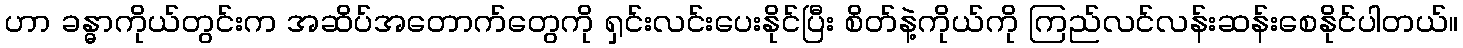
ဟာ ခန္ဓာကိုယ်တွင်းက အဆိပ်အတောက်တွေကို ရှင်းလင်းပေးနိုင်ပြီး စိတ်နဲ့ကိုယ်ကို ကြည်လင်လန်းဆန်းစေနိုင်ပါတယ်။